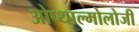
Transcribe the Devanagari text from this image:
ओप्थाल्मोलोजी